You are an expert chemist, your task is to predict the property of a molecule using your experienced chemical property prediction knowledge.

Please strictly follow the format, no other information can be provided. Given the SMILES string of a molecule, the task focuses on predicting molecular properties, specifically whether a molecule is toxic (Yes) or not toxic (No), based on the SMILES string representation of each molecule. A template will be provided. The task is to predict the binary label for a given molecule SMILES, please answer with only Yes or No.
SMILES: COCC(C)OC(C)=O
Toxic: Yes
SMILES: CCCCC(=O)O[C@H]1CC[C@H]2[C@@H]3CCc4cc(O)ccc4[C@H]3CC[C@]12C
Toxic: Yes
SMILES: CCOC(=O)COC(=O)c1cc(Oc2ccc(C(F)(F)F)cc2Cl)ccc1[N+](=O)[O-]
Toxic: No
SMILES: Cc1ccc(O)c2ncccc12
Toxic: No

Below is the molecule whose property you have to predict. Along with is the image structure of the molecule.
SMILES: CCN(CC)Cc1cc(Nc2ccnc3cc(Cl)ccc23)ccc1O
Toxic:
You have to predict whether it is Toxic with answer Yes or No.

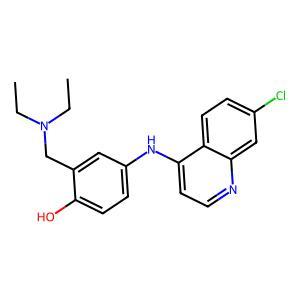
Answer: No